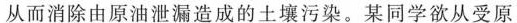
从而消除由原油泄漏造成的土壤污染。某同学欲从受原